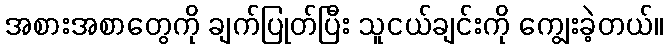
အစားအစာတွေကို ချက်ပြုတ်ပြီး သူငယ်ချင်းကို ကျွေးခဲ့တယ်။